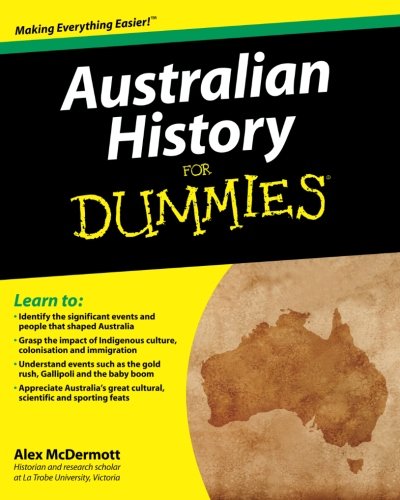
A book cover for Australian History for Dummies; Alex McDermott; History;